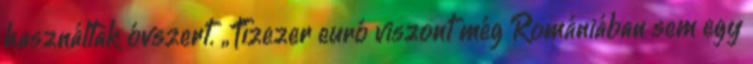
használtak óvszert. „Tízezer euró viszont még Romániában sem egy